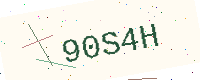
Text: 90S4H